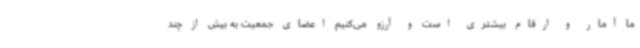
ما آمار و ارقام بیشتری است و آرزو می‌کنیم اعضای جمعیت به بیش از چند